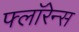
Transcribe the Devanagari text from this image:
फ्लाॅरेन्स